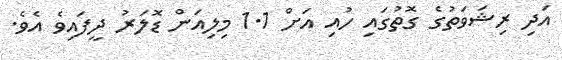
އަދި ރިޝަވަތުގެ ގޮތުގައި ހުއި އަށް 1.1 މިލިއަން ޑޮލަރު ދީފައިވެ އެވެ.